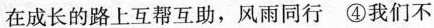
在成长的路上互帮互助，风雨同行 ④我们不